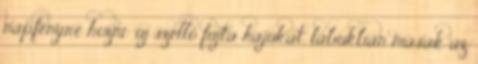
napfényre hozni: új szellő fújta hajukat, lábukban másak az